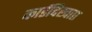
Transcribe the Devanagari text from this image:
कार्डदिखाए